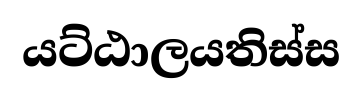
යට්ඨාලයතිස්ස